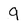
Character: 9